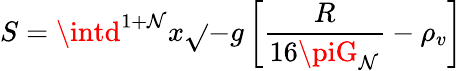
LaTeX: S=\intd^{1+\mathcal{N}}x\sqrt{}{{-g}}\left[\frac{{R}}{{16\piG_{\mathcal{N}}}}-\rho_{v}\right]